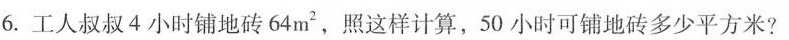
6.工人叔叔4小时铺地砖64m2，照这样计算，50小时可铺地砖多少平方米?